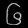
Digit: ၆